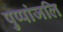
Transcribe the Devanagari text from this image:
पुप्पांजलि